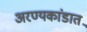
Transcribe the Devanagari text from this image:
अरण्यकांडात